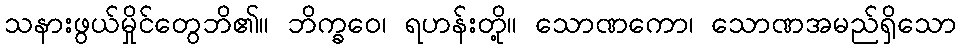
သနားဖွယ်မှိုင်တွေဘိ၏။ ဘိက္ခဝေ၊ ရဟန်းတို့။ သောဏကော၊ သောဏအမည်ရှိသော